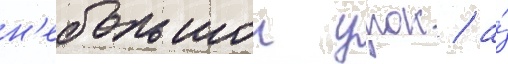
н'ебольшои урок / а́